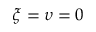
\xi = \upsilon = 0